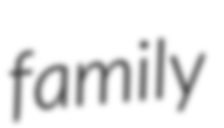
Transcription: family